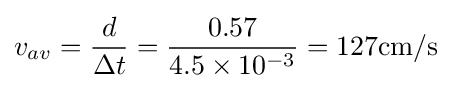
v_{av}={\frac {d}{\Delta t}}={\frac {0.57}{4.5\times 10^{-3}}}=127{\text{cm/s}}